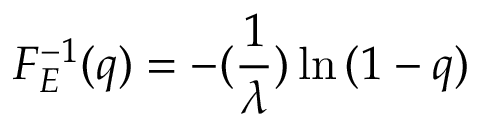
F _ { E } ^ { - 1 } ( q ) = - ( \frac { 1 } { \lambda } ) \ln { ( 1 - q ) }